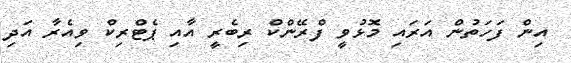
އިން ފަހަތުން އަރައި މޮޅުވީ ފްރޭންކް ރިބެރީ އާއި ޕެޓްރިކް ވިއެރާ އަދި